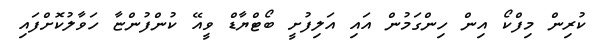
ކުރިން މިފްކޯ އިން ހިންގަމުން އައި އަލިފުށީ ބޯޓްޔާޑް ވީއޭ ކުންފުންޏާ ހަވާލުކޮށްފައި